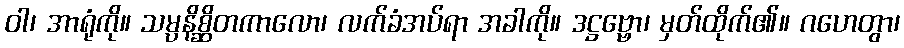
ဝါ၊ အာရုံကို။ သမ္ပနိစ္ဆိတကာလော၊ လက်ခံအပ်ရာ အခါကို။ ဒဋ္ဌဗ္ဗော၊ မှတ်ထိုက်၏။ ဂဟေတွာ၊